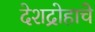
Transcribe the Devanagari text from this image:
देशद्रोहाचे